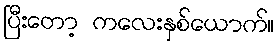
ပြီးတော့ ကလေးနှစ်ယောက်။